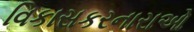
વિકાસકરનારાઓ